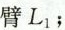
力臂L _ { 1 }﹔